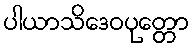
ပါယာသိဒေဝပုတ္တော